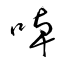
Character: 啅